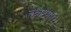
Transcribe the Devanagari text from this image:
तथाष्टमम्।।